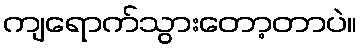
ကျရောက်သွားတော့တာပဲ။